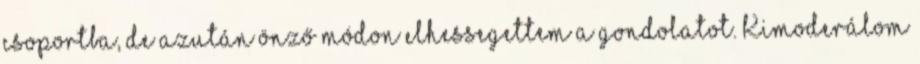
csoportba, de azután önző módon elhessegettem a gondolatot. Kimoderálom